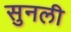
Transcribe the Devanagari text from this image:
सुनली